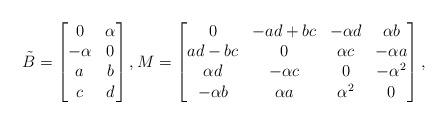
LaTeX: \begin{align*}\tilde{B} = \begin{bmatrix}0 & \alpha\\-\alpha & 0 \\a & b \\c & d\end{bmatrix}, M = \begin{bmatrix}0 & - ad + bc & -\alpha d & \alpha b \\ad - bc & 0 & \alpha c & -\alpha a\\\alpha d & -\alpha c & 0 & -\alpha^2 \\-\alpha b & \alpha a & \alpha^2 & 0\end{bmatrix},\end{align*}